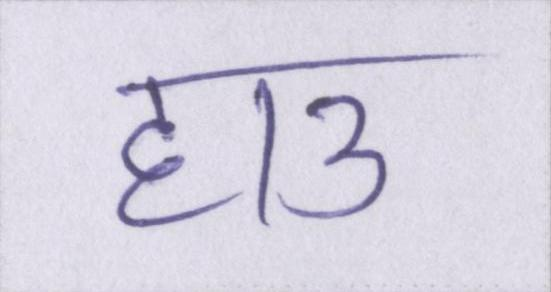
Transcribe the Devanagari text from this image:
हाउ